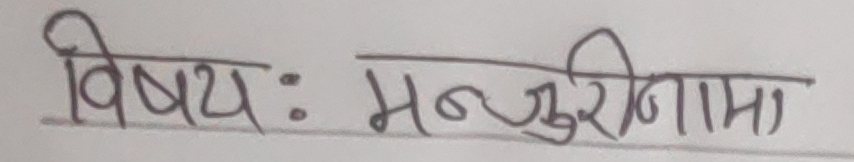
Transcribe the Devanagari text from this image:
विषयः मन्जुरीनामा